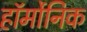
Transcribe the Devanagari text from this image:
हॉर्मोनिक